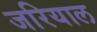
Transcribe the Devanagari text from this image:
जरियाल